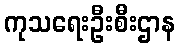
ကုသရေးဦးစီးဌာန